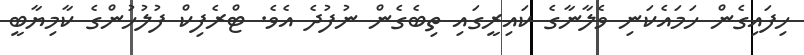
ހިފައިގެން ހަމައެކަނި ވެލާނާގެ ކައިރީގައި ތިބެގެން ނުފުދެ އެވެ. ޓްރެފިކް ފުލުހުންގެ ކާމިޔާބީ